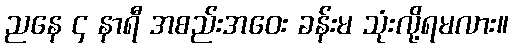
ညနေ ၄ နာရီ အစည်းအဝေး ခန်းမ သုံးလို့ရမလား။